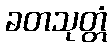
ခတသုတ္တံ